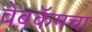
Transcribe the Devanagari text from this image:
वेबकॅमचा